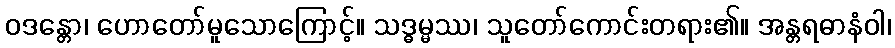
ဝဒန္တော၊ ဟောတော်မူသောကြောင့်။ သဒ္ဓမ္မဿ၊ သူတော်ကောင်းတရား၏။ အန္တရဓာနံဝါ၊